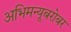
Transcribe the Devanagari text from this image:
अभिमन्यूबरोबर